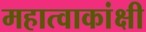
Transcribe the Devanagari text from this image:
महात्वाकांक्षी